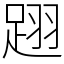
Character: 䟳